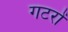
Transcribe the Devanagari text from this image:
गटरों